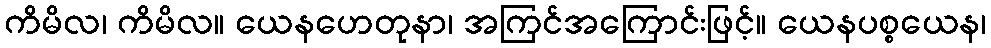
ကိမိလ၊ ကိမိလ။ ယေနဟေတုနာ၊ အကြင်အကြောင်းဖြင့်။ ယေနပစ္စယေန၊